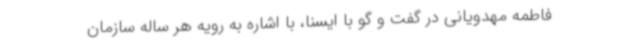
فاطمه مهدویانی در گفت و گو با ایسنا، با اشاره به رویه هر ساله سازمان